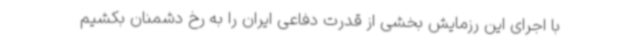
با اجرای این رزمایش بخشی از قدرت دفاعی ایران را به رخ دشمنان بکشیم